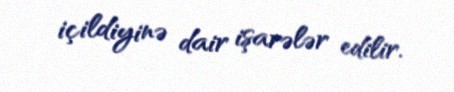
içildiyinə dair işarələr edilir.